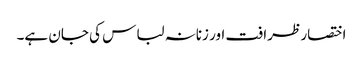
اختصار ظرافت اور زنانہ لباس کی جان ہے۔